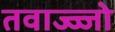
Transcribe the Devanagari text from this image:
तवाज्ज्जो